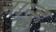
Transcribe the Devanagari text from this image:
नान्हु